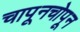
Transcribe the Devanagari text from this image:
चापूनचोपून